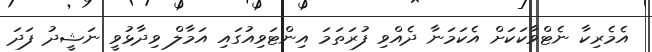
އެމެރިކާ ނެޓްވާކަކަށް އެކަމަނާ ދެއްވި ފުރަތަމަ އިންޓަވިއުގައި އަމާލް ވިދާޅުވީ ނަޝީދު ފަދަ